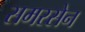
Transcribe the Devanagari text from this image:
समरसेन